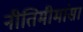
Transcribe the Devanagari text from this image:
नीतिमीमांसा